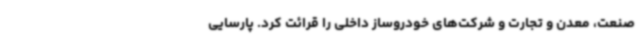
صنعت، معدن و تجارت و شرکت‌های خودروساز داخلی را قرائت کرد. پارسایی